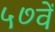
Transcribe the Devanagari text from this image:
५७वें